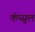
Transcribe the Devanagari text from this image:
कॅप्सूल